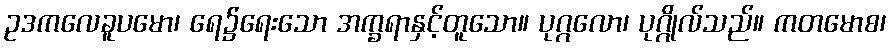
ဥဒကလေခူပမော၊ ရေ၌ရေးသော အက္ခရာနှင့်တူသော။ ပုဂ္ဂလော၊ ပုဂ္ဂိုလ်သည်။ ကတမောစ၊